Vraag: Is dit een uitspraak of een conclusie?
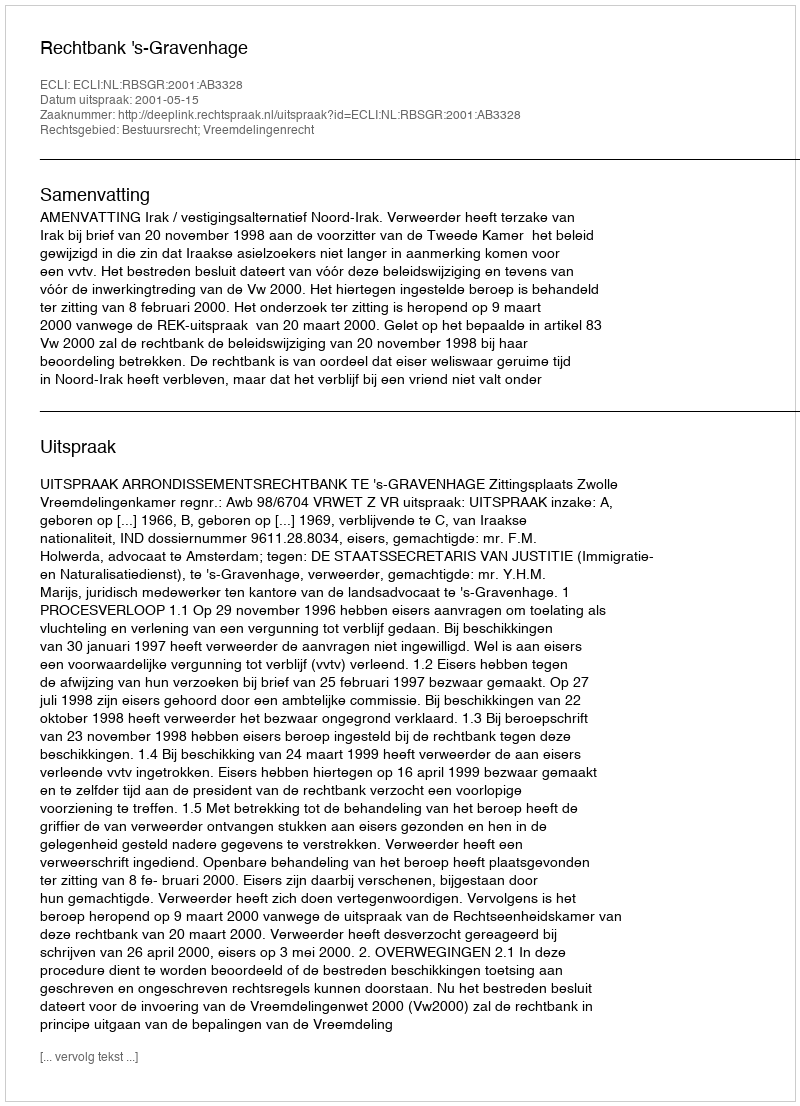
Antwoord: Uitspraak